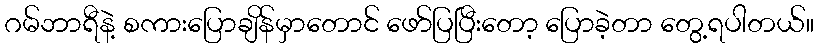
ဂမ်ဘာရီနဲ့ စကားပြောချိန်မှာတောင် ဖော်ပြပြီးတော့ ပြောခဲ့တာ တွေ့ရပါတယ်။